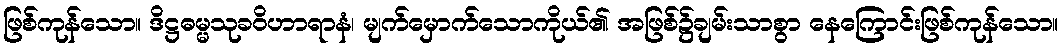
ဖြစ်ကုန်သော။ ဒိဋ္ဌဓမ္မသုခဝိဟာရာနံ၊ မျက်မှောက်သောကိုယ်၏ အဖြစ်၌ချမ်းသာစွာ နေကြောင်းဖြစ်ကုန်သော။